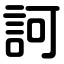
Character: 訶